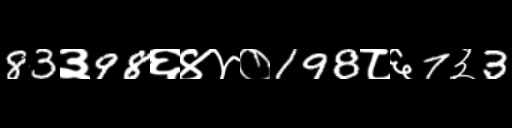
Text: 83३98६४४०198८६7३3